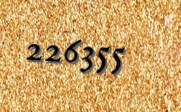
226355